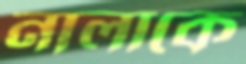
নালাকে